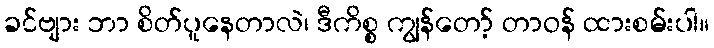
ခင်ဗျား ဘာ စိတ်ပူနေတာလဲ၊ ဒီကိစ္စ ကျွန်တော့် တာဝန် ထားစမ်းပါ။